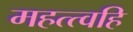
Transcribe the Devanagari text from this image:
महत्त्वहि